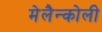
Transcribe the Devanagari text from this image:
मेलैन्कोली